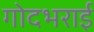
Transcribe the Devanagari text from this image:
गोदभराई